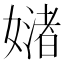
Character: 𪦜